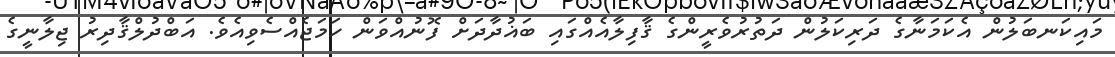
މައިކަނބަލުން އެކަމަނާގެ ދަރިކަލުން ދަތުރުވެރީންގެ ޤާފިލާއެއްގައި ބަޣުދާދަށް ފޮނުއްވަން ހަމަޖެއްސެވިއެވެ. އަބްދުލްޤާދިރު ޖިލާނީގެ